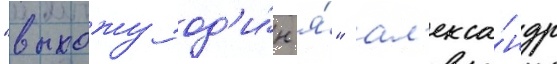
"выхожу од'и́н я́" ал'екса́ндр